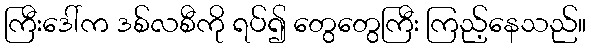
ကြီးဒေါ်က ဒစ်လစီကို ရပ်၍ တွေတွေကြီး ကြည့်နေသည်။